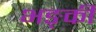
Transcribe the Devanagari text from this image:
भङ्की